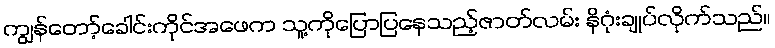
ကျွန်တော့်ခေါင်းကိုင်အဖေက သူ့ကိုပြောပြနေသည့်ဇာတ်လမ်း နိဂုံးချုပ်လိုက်သည်။